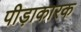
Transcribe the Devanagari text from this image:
पीड़ाकारक